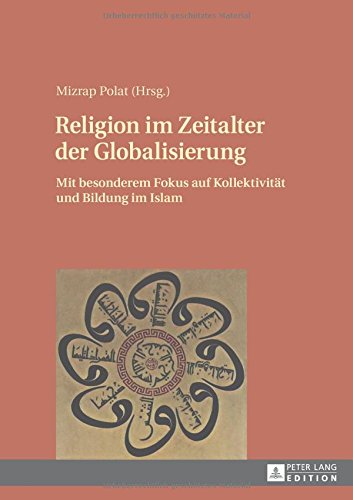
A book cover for Religion im Zeitalter der Globalisierung: Mit besonderem Fokus auf KollektivitÃ¤t und Bildung im Islam (German Edition); Religion & Spirituality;